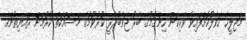
މަޖިލީހާ ހަވާލުކޮށްފައިވާ ވެރިކަން ހިންގުމުގެ ބާރު ޖަވާބުދާރީ ކުރުވުމުގެ މަސައްކަތް ކުރުމަށް ރައްޔިތުންގެ